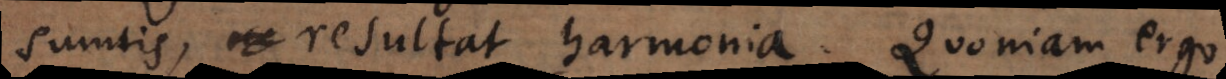
sumtis, resultat harmonia. Quoniam ergo